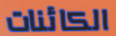
الكائنات